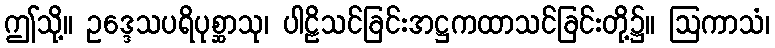
ဤသို့။ ဥဒ္ဒေသပရိပုစ္ဆာသု၊ ပါဠိသင်ခြင်းအဋ္ဌကထာသင်ခြင်းတို့၌။ ဩကာသံ၊